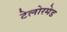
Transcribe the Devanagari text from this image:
टेलोरमेड